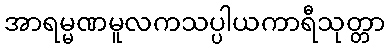
အာရမ္မဏမူလကသပ္ပါယကာရီသုတ္တာ